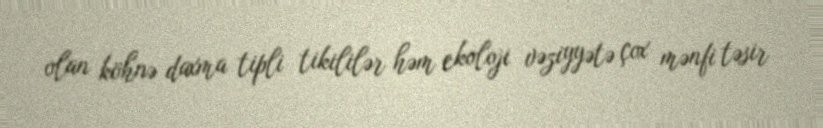
olan köhnə daxma tipli tikililər həm ekoloji vəziyyətə çox mənfi təsir